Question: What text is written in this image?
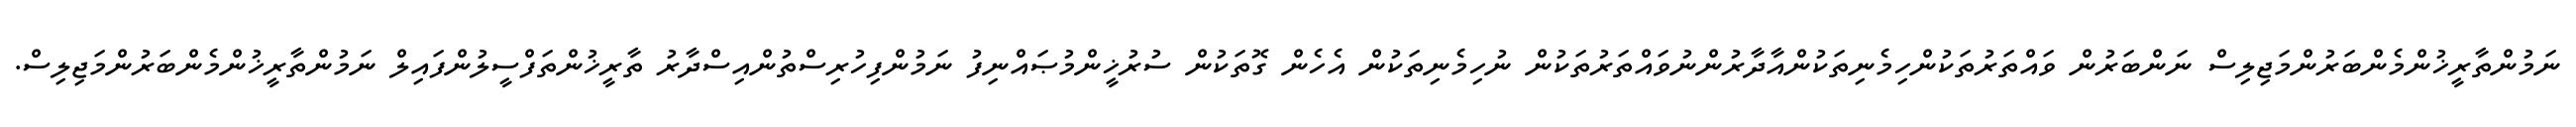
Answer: ނަމުންތާރީޚުންމެންބަރުންމަޖިލިސް ނަންބަރުން ވައްތަރުތަކުންހިމެނިތަކުންއާދާރުންނުވައްތަރުތަކުން ނުހިމެނިތަކުން އެހެން ގޮތަކުން ސުރުޚީންމުޞައްނިފު ނަމުންފިހުރިސްތުންއިސްދާރު ތާރީޚުންތަފްސީލުންފައިލް ނަމުންތާރީޚުންމެންބަރުންމަޖިލިސް.